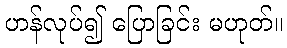
ဟန်လုပ်၍ ပြောခြင်း မဟုတ်။